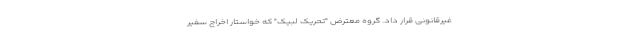
غیرقانونی قرار داد. گروه معترض "تحریک لبیک" که خواستار اخراج سفیر